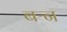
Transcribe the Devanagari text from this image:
बऱ्न